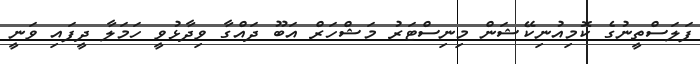
ފަލަސްތީނުގެ ކޮމިއުނިކޭޝަން މިނިސްޓަރު މަޝްހަރް އަބޫ ދައްގާ ވިދާޅުވީ ހަމަލާ ދީފައި ވަނީ